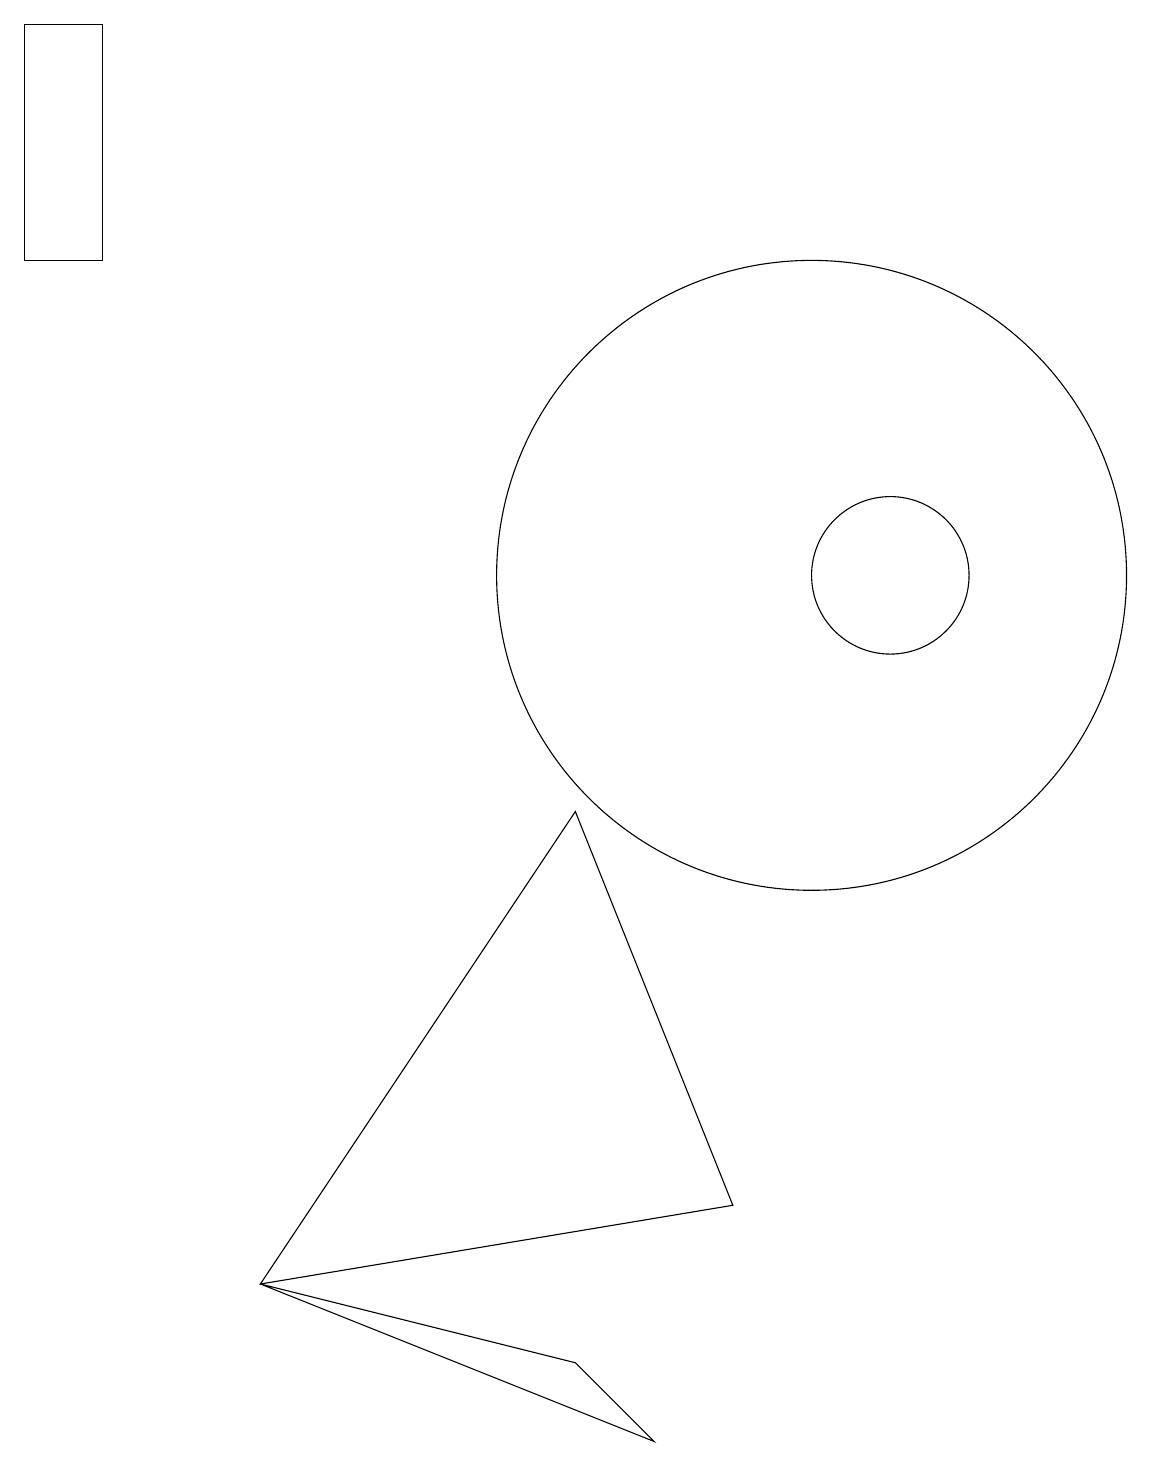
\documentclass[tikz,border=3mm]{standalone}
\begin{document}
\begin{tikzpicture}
\draw (11,12) circle (1);
\draw (1,19) rectangle (0,16);
\draw (10,12) circle (4);
\draw (9,4) -- (3,3) -- (7,9) -- cycle;
\draw (7,2) -- (3,3) -- (8,1) -- cycle;
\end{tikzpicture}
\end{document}